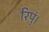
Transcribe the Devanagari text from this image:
रिपुं।